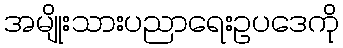
အမျိုးသားပညာရေးဥပဒေကို